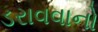
ડરાવવાનો